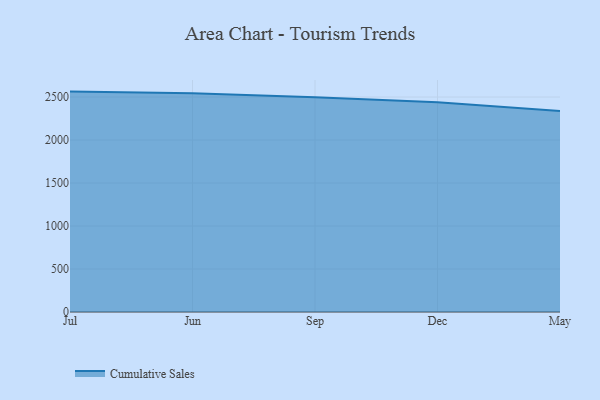
{"axis": {"x": "Month", "y": "Waste Production (Tons)"}, "legend": ["Cumulative Sales"], "data": [{"x": "Jul", "y": 2563.3, "type": "Cumulative Sales"}, {"x": "Jun", "y": 2545.1, "type": "Cumulative Sales"}, {"x": "Sep", "y": 2497.2, "type": "Cumulative Sales"}, {"x": "Dec", "y": 2438.9, "type": "Cumulative Sales"}, {"x": "May", "y": 2338.1, "type": "Cumulative Sales"}]}